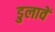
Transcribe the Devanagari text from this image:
डुलावें